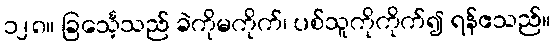
၁၂၈။ ခြင်္သေ့သည် ခဲကိုမကိုက်၊ ပစ်သူကိုကိုက်၍ ရန်ဧသည်။